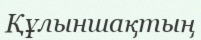
Құлыншақтың